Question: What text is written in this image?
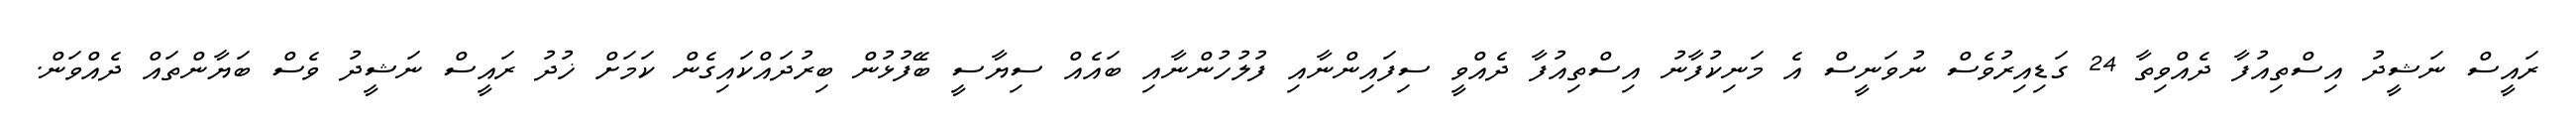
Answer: ރައީސް ނަޝީދު އިސްތިއުފާ ދެއްވިތާ 24 ގަޑިއިރުވެސް ނުވަނީސް އެ މަނިކުފާނު އިސްތިއުފާ ދެއްވީ ސިފައިންނާއި ފުލުހުންނާއި ބައެއް ސިޔާސީ ބޭފުޅުން ބިރުދައްކައިގެން ކަމަށް ޚުދު ރައީސް ނަޝީދު ވެސް ބަޔާންތައް ދެއްވަން.